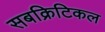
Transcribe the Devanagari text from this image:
सबक्रिटिकल